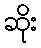
ဆိုး